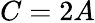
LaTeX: C=2A